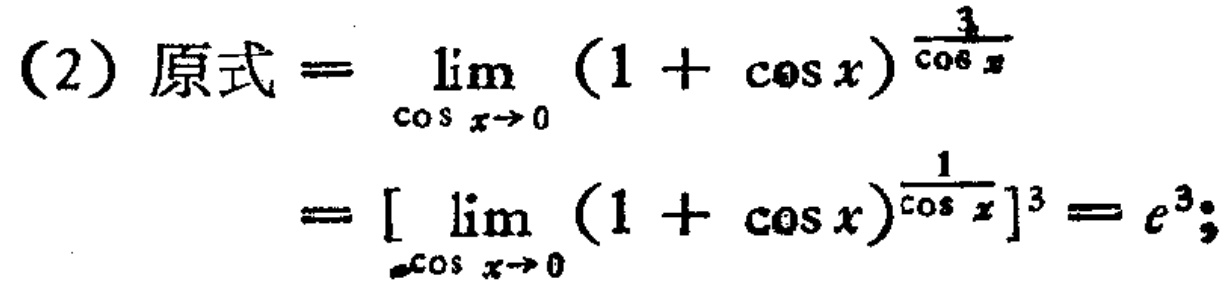
(2) 原式$=\lim_{\cos x \to 0} (1 + \cos x)^{\frac{3}{\cos x}}$
$=[\lim_{\cos x \to 0} (1 + \cos x)^{\frac{1}{\cos x}}]^3 = e^3$;